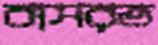
বাসরত